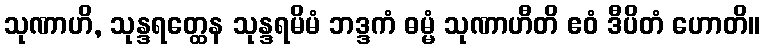
သုဏာဟိ, သုန္ဒရတ္ထေန သုန္ဒရမိမံ ဘဒ္ဒကံ ဓမ္မံ သုဏာဟီတိ ဧဝံ ဒီပိတံ ဟောတိ။